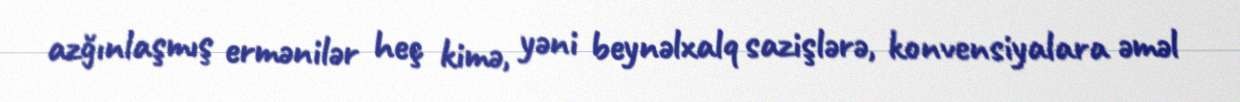
azğınlaşmış ermənilər heç kimə, yəni beynəlxalq sazişlərə, konvensiyalara əməl